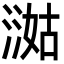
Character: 㵈